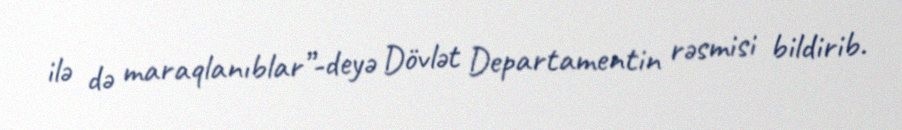
ilə də maraqlanıblar”-deyə Dövlət Departamentin rəsmisi bildirib.